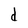
Character: d